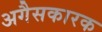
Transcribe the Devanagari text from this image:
अगैसकारक